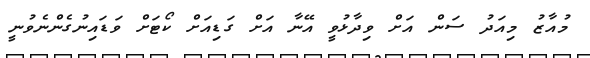
މުއާޒު މިއަދު ސަން އަށް ވިދާޅުވީ އޭނާ އަށް ގަޑިއަށް ކޯޓަށް ވަޑައިނުގެންނެވުނީ